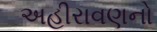
અહીરાવણનો